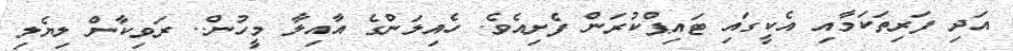
އަދި ފަރިތަކަމާއި އެކީގައި ޓައިޕްކުރަން ފެށިއެވެ. ހެއިލަންގެ އާއިލާ މީހުން.. ރަވިކާން ލިޔެލި